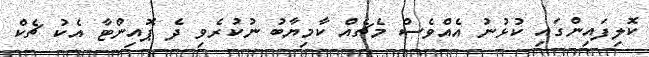
ކޮލިފައިންގައި ކުޅުނު އެއްވެސް މެޗެއް ކާމިޔާބު ނުކުރެވި ދެ ޕޮއިންޓާ އެކު ޗެކް